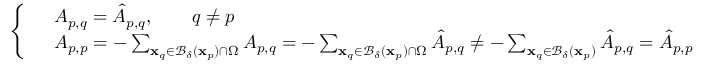
\left\{ \begin{array} { l l } & { A _ { p , q } = \hat { A } _ { p , q } , \quad \quad q \neq p } \\ & { A _ { p , p } = - \sum _ { \mathbf { x } _ { q } \in \mathcal { B } _ { \delta } ( \mathbf { x } _ { p } ) \cap \Omega } A _ { p , q } = - \sum _ { \mathbf { x } _ { q } \in \mathcal { B } _ { \delta } ( \mathbf { x } _ { p } ) \cap \Omega } \hat { A } _ { p , q } \neq - \sum _ { \mathbf { x } _ { q } \in \mathcal { B } _ { \delta } ( \mathbf { x } _ { p } ) } \hat { A } _ { p , q } = \hat { A } _ { p , p } } \end{array} \right.